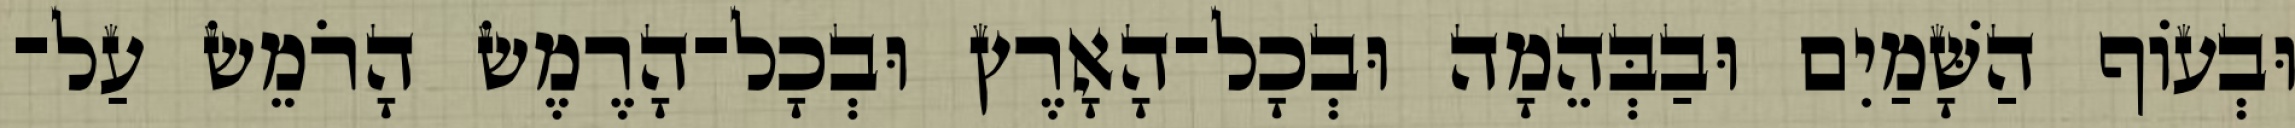
וּבְעֹוף הַשָּׁמַיִם וּבַבְּהֵמָה וּבְכָל־הָאָרֶץ וּבְכָל־הָרֶמֶשׂ הָרֹמֵשׂ עַל־